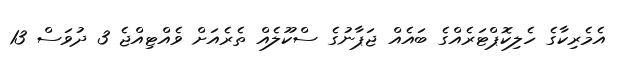
އެމެރިކާގެ ހެލިކޮޕްޓަރެއްގެ ބައެއް ޖަޕާނުގެ ސްކޫލެއް ތެރެއަށް ވެއްޓިއްޖެ 3 ދުވަސް 13